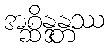
အစ္ဆိန္ဒန္တဿ